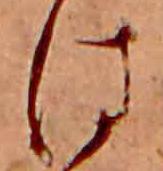
は